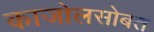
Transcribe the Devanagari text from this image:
काजोलसोबत